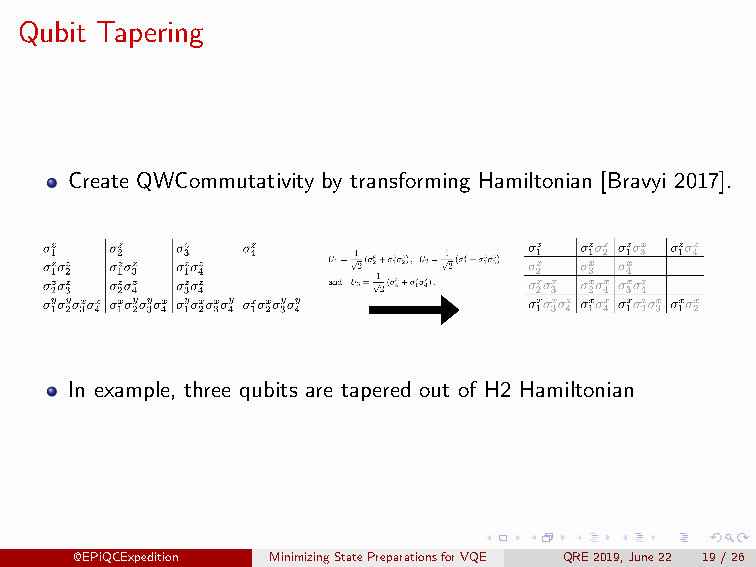
Qubit Tapering
 Create QWCommutativity by transforming Hamiltonian [Bravyi 2017].
 In example, three qubits are tapered out of H2 Hamiltonian
 @EPiQCExpedition MinimizingStatePreparationsforVQE QRE2019,June22 19/26